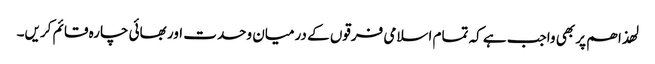
لھذا ھم پر بھی واجب ہے کہ تمام اسلامی فرقوں کے درمیان وحدت اور بھائی چارہ قائم کریں۔